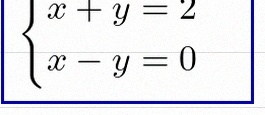
\begin{cases}x+y=2\\x-y=0\end{cases}